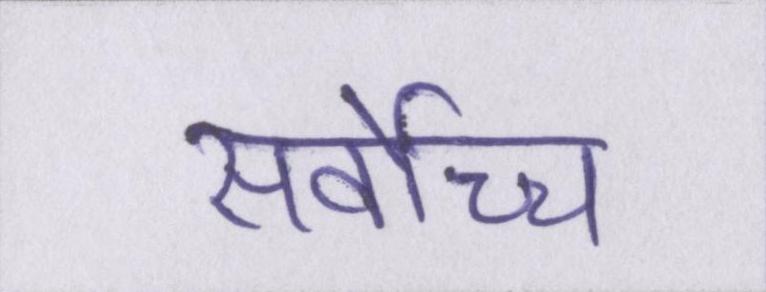
सर्वोच्च